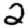
Digit: 2